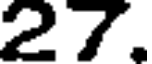
27.